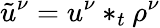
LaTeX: \tilde{u}^{\nu}=u^{\nu}*_{t}\rho^{\nu}